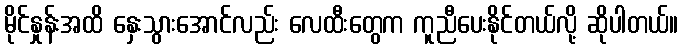
မိုင်နှုန်းအထိ နှေးသွားအောင်လည်း လေထီးတွေက ကူညီပေးနိုင်တယ်လို့ ဆိုပါတယ်။